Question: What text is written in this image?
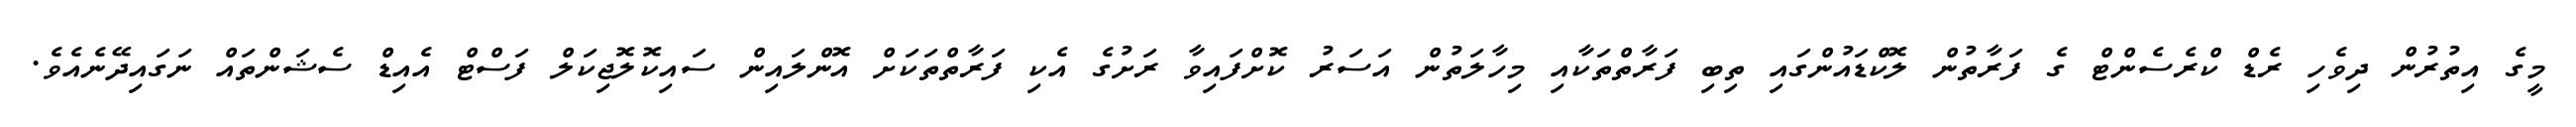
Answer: މީގެ އިތުރުން ދިވެހި ރެޑް ކްރެސެންޓް ގެ ފަރާތުން ލޮކްޑައުންގައި ތިބި ފަރާތްތަކާއި މިހާލަތުން އަސަރު ކޮށްފައިވާ ރަށުގެ އެކި ފަރާތްތަކަށް އޮންލައިން ސައިކޮލޮޖިކަލް ފަސްޓް އެއިޑް ސެޝަންތައް ނަގައިދޭނެއެވެ.